Jaan_Tonisson_(Lasteleht), lk 129
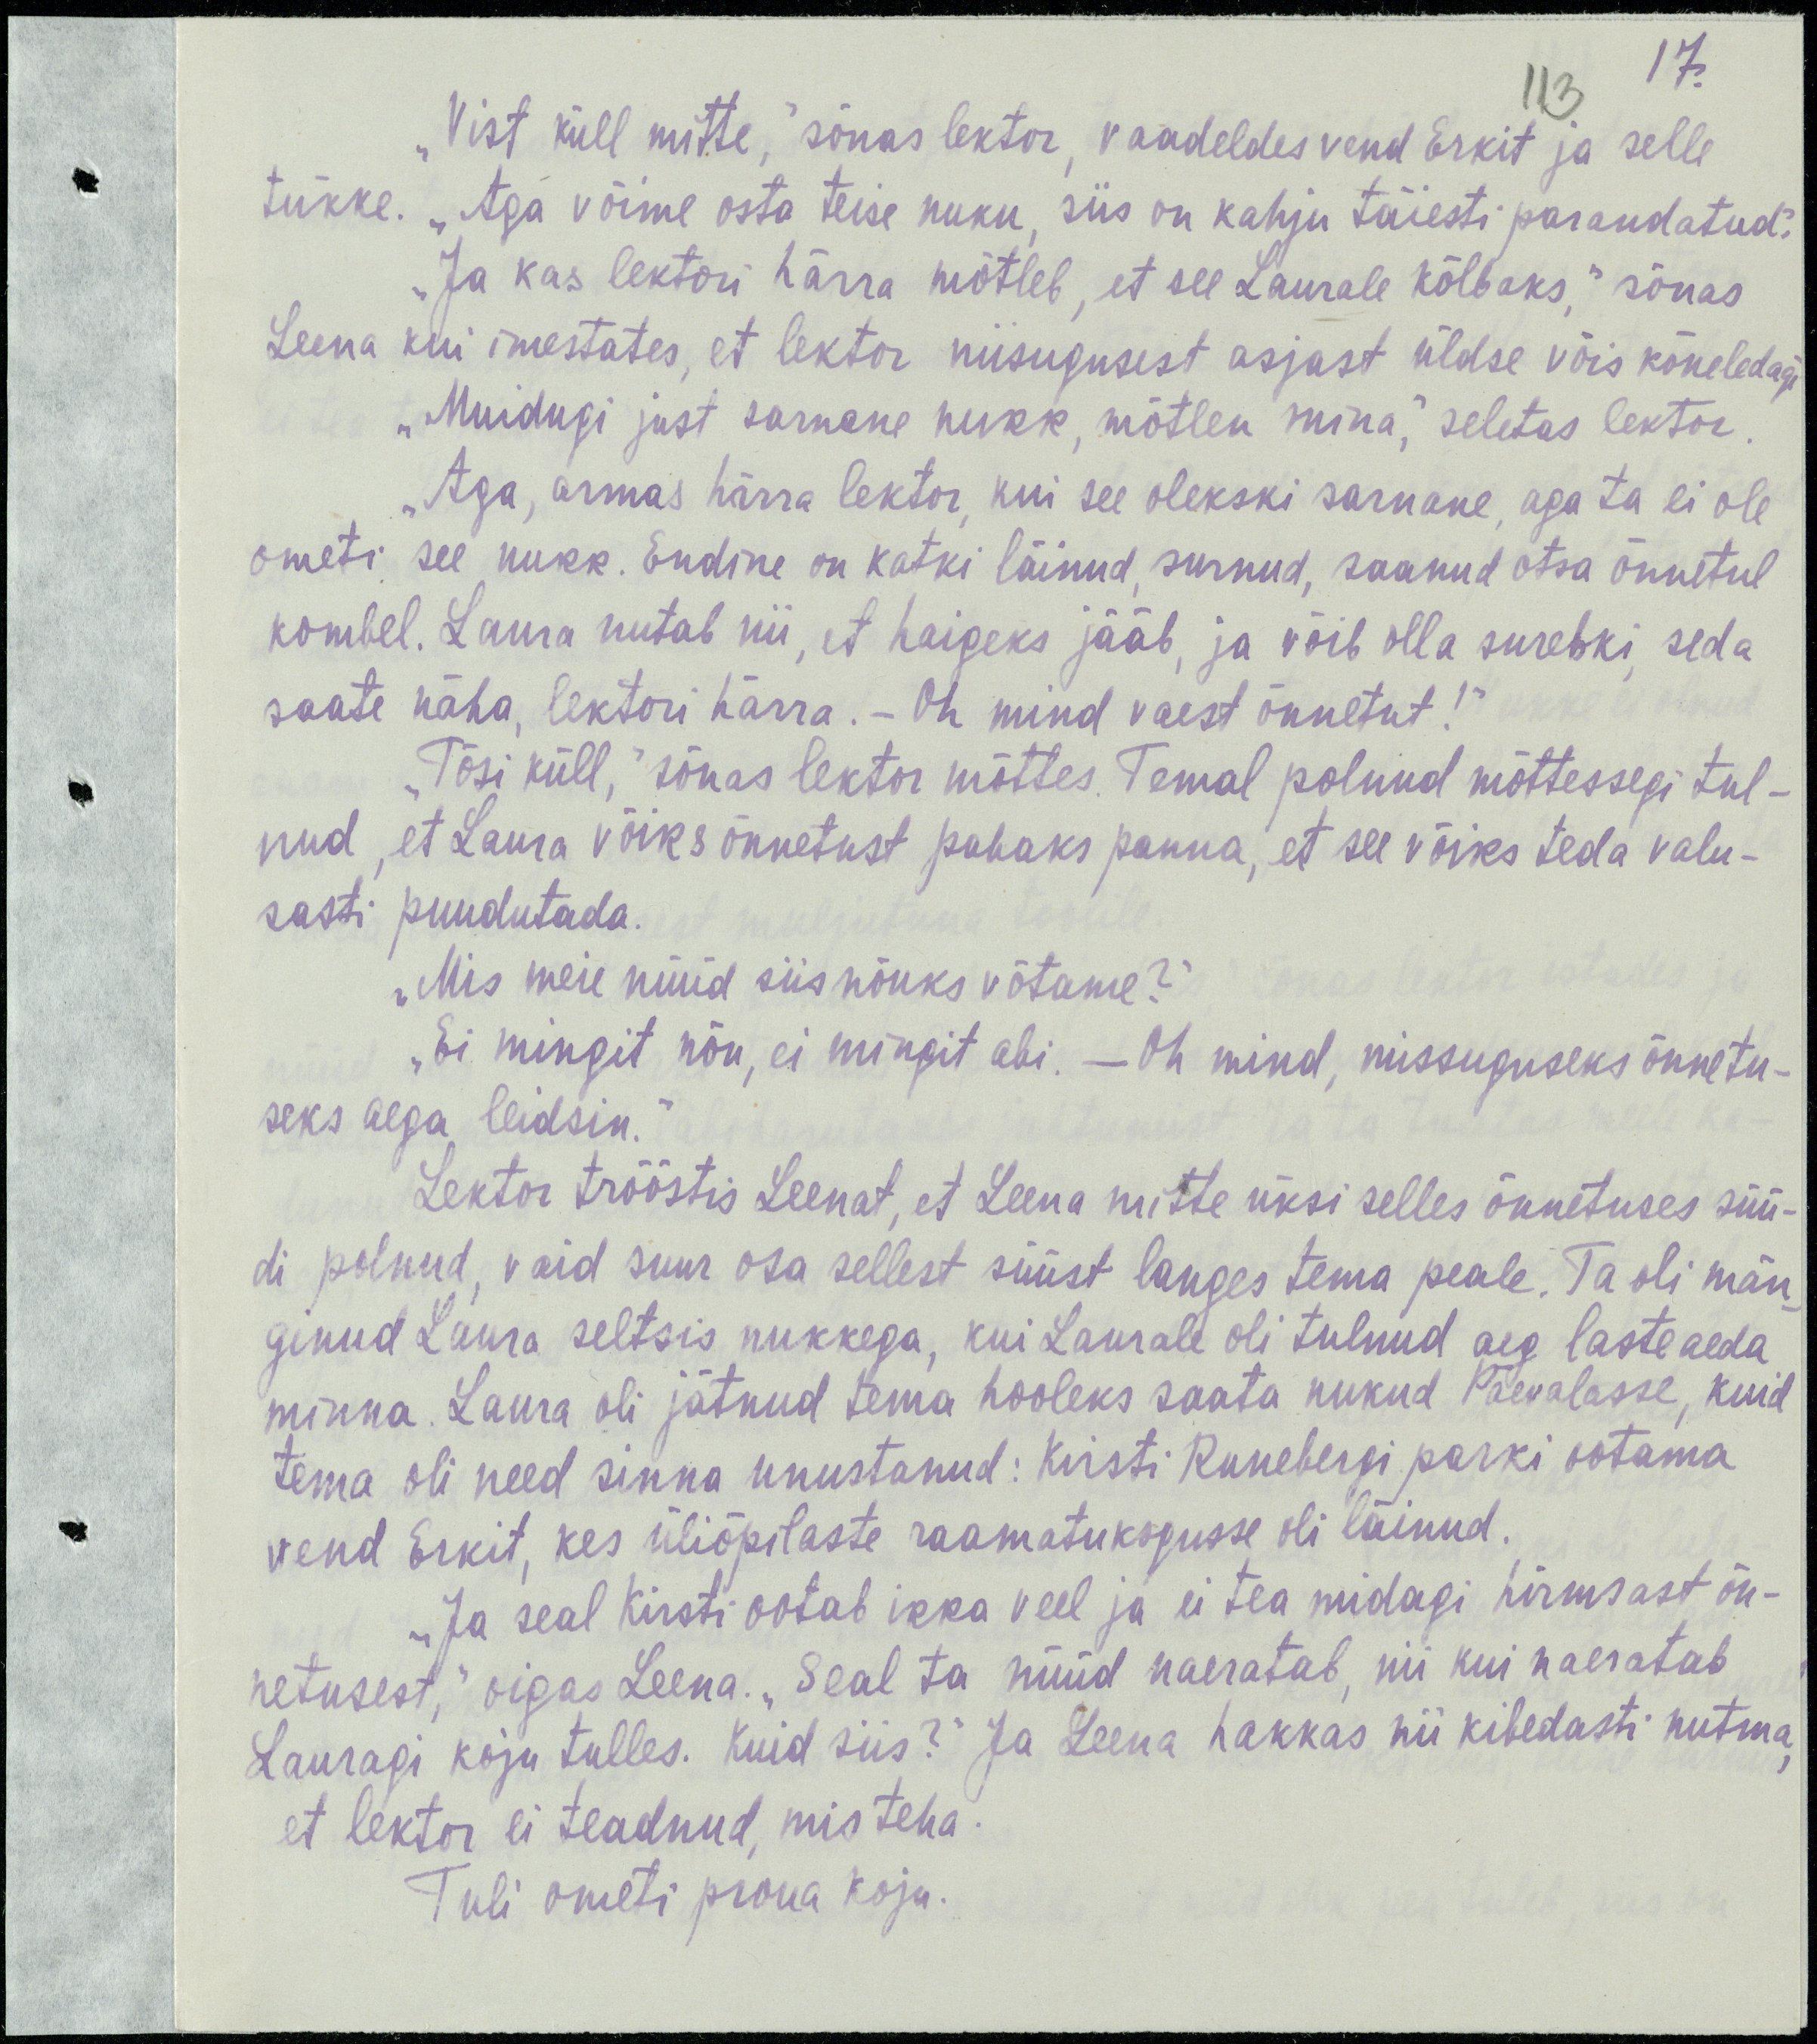
17.
113
„Vist küll mitte,“ sõnas lektor, vaadates vend Erkit ja selle
tükke. „Aga võime osta teise nuku, siis on kahju täiesti parandatud.“
„Ja kas lektori härra mõtleb, et see Laurale kõlbaks,“ sõnas
Leena kui imestates, et lektor niisugusest asjast üldse võis kõneledagi
„Muidugi just sarnane nukk, mõtlen mina,“ seletas lektor.
„Aga, armas härra lektor, kui see olekski sarnane, aga ta ei ole
ometi see nukk. Endine on katki läinud, surnud, saanud otsa õnnetul
kombel. Laura nutab nii, et haigeks jääb, ja võib olla surebki, seda
saate näha, lektori härra. – Oh mind vaest õnnetut!“
„Tõsi küll,“ sõnas lektor mõttes. Temal polnud mõttessegi tul-
nud, et Laura võiks õnnetust pahaks panna, et see võiks teda valu-
sasti puudutada.
„Mis meie nüüd siis nõuks võtame?“
„Ei mingit nõu, ei mingit abi. – Oh mind, missuguseks õnnetu-
seks aega leidsin.“
Lektor trööstis Leenat, et Leena mitte üksi selles õnnetuses süü-
di polnud, vaid suur osa sellest süüst langes tema peale. Ta oli män-
ginud Laura seltsis nukkega, kui Laurale oli tulnud eag lasteaega
minna. Laura oli jätnud tema hooleks saata nukud Päevalasse, kuid
tema oli need sinna unustanud: Kirsti Runebergi parki ootama
vend Erkit, kes üliõpilaste raamatukogusse oli läinud.
„Ja seal Kirsti ootab ikka veel ja ei tea midagi hirmsast õn-
netusest,“ oigas Leena. „Seal ta nüüd naerata, nii kui naeratab
Lauragi koju tulles. Kuid siis?“ Ja Leena hakkas nii kiledasti nutma,
et lektor ei teadnud, mis teha.
Tuli ometi proua koju.